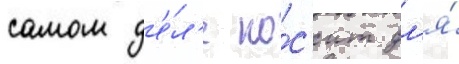
самом д'е́л'е но́с'ит дл'я́